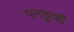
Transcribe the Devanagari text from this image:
पनडुव्बी